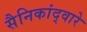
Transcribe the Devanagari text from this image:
सैनिकांद्वारे